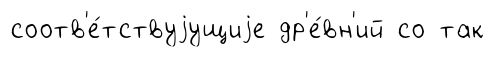
соотв'е́тствуjущиjе др'е́вн'ий со так